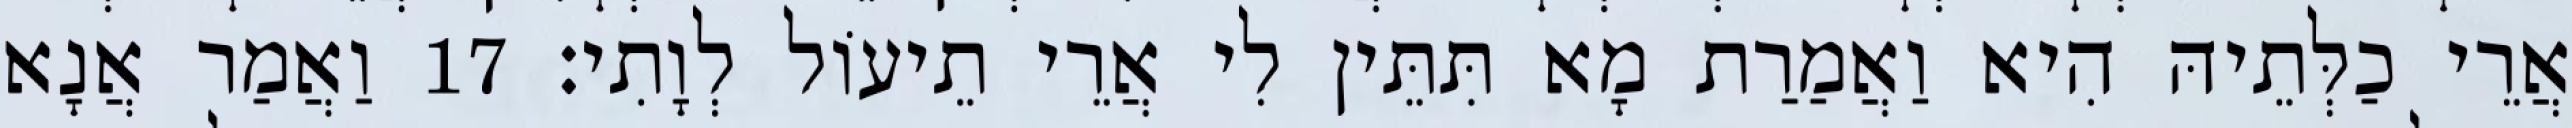
אֲרֵי כַלְּתֵיהּ הִיא וַאֲמַרַת מָא תִּתֵּין לִי אֲרֵי תֵיעוֹל לְוָתִי׃ 17 וַאֲמַר אֲנָא